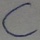
Text: C